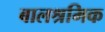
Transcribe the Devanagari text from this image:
बालश्रमिक